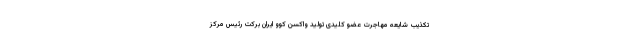
تکذیب شایعه مهاجرت عضو کلیدی تولید واکسن کوو ایران برکت رئیس مرکز